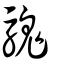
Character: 騩